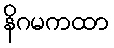
နိဂမကထာ